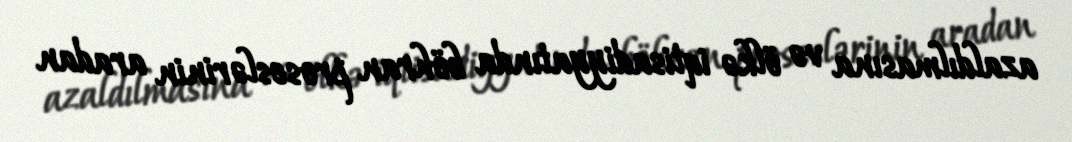
azaldılmasına və ölkə iqtisadiyyatında böhran proseslərinin aradan